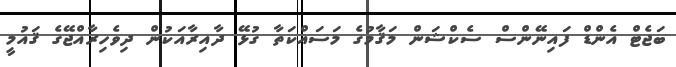
ބަޖެޓް އެންޑް ފައިނޭންސް ސެކްޝަން މަޤާމުގެ މަސައްކަތާ ގުޅޭ ދާއިރާއަކުން ދިވެހިރާއްޖޭގެ ޤައުމީ